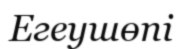
Егеушөпі